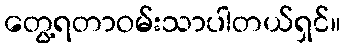
တွေ့ရတာဝမ်းသာပါတယ်ရှင်။